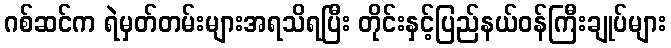
ဂစ်ဆင်က ရဲမှတ်တမ်းများအရသိရပြီး တိုင်းနှင့်ပြည်နယ်ဝန်ကြီးချုပ်များ